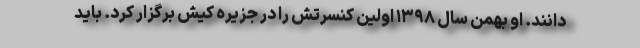
دانند. او بهمن سال ۱۳۹۸ اولین کنسرتش را در جزیره کیش برگزار کرد. باید